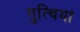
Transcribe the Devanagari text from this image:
गुत्थियां